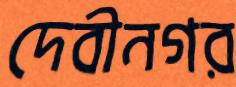
দেবীনগর